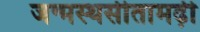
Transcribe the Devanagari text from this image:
जन्मस्थसीतामढ़ी